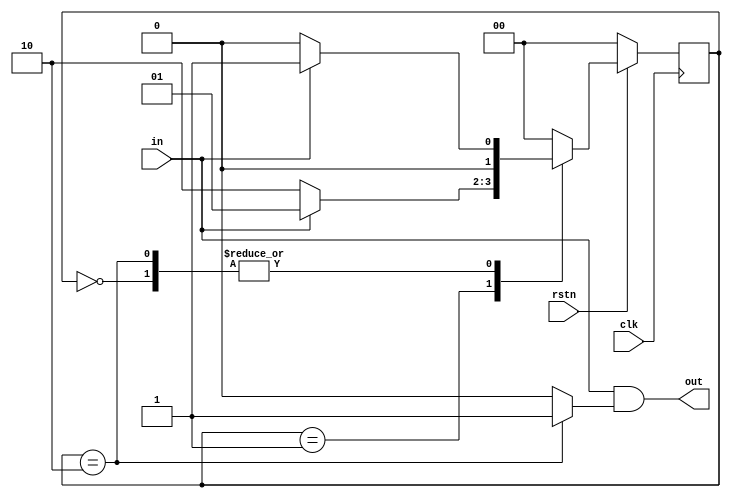
`timescale 1ns / 1ps
//101 sequence detector mealy overlapping state
module seq_det_101(clk,rstn,in,out);
	input clk, rstn, in;
	output out;
		
	parameter s0=0,s1=1,s2=2;
	reg [1:0] cur_state, next_state;
	
	assign out=((in)&(cur_state==s2?1:0));
	
	always @ (posedge clk)
	begin
		if(!rstn)
			cur_state<=s0;
		else
			cur_state <=next_state;
	end
	
	always @ (cur_state or in) 
	begin
		case(cur_state)
			s0: begin
					if(in) next_state = s1;
					else next_state=s0;
				 end
			s1: begin
					if(in) next_state = s1;
					else next_state=s2;
				 end
			s2: begin
					if(in) next_state = s1;
					else next_state=s0;
				 end
   	default: begin
					next_state = s0;
					end
	  endcase
	end
	
endmodule